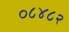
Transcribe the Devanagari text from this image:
०८४८२